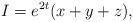
LaTeX: \begin{align*}I=e^{2t}(x+y+z),\end{align*}